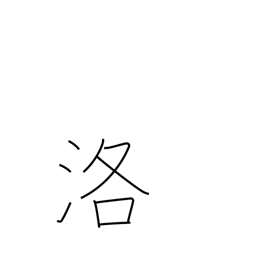
Meaning: the capital